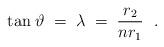
LaTeX: \begin{align*}{\rm tan}\;\vartheta \; = \;\lambda\; =\; { r_2\over n r_1}\ \; .\end{align*}